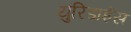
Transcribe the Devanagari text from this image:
युरिडाईस